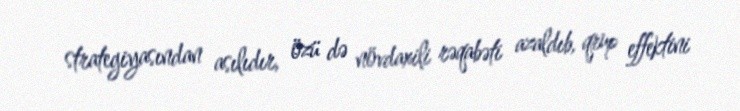
strategiyasından asılıdır, özü də növdaxili rəqabəti azaldıb, qrup effektini